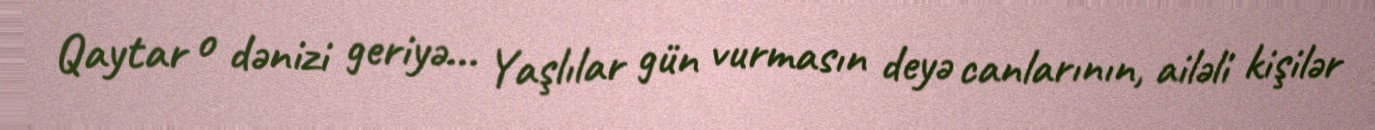
Qaytar o dənizi geriyə... Yaşlılar gün vurmasın deyə canlarının, ailəli kişilər